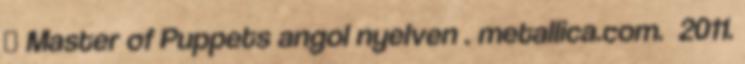
↑ Master of Puppets angol nyelven . metallica.com. 2011.